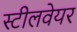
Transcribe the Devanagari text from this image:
स्टीलवेयर